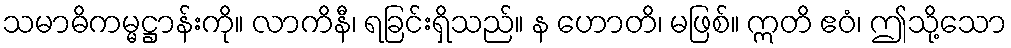
သမာဓိကမ္မဋ္ဌာန်းကို။ လာကိနီ၊ ရခြင်းရှိသည်။ န ဟောတိ၊ မဖြစ်။ ဣတိ ဧဝံ၊ ဤသို့သော